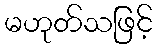
မဟုတ်သဖြင့်